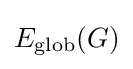
E_{\text{glob}}(G)